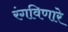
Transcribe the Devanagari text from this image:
रंगविणारे